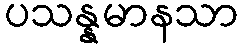
ပသန္နမာနသာ